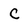
Character: C